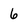
Character: 6